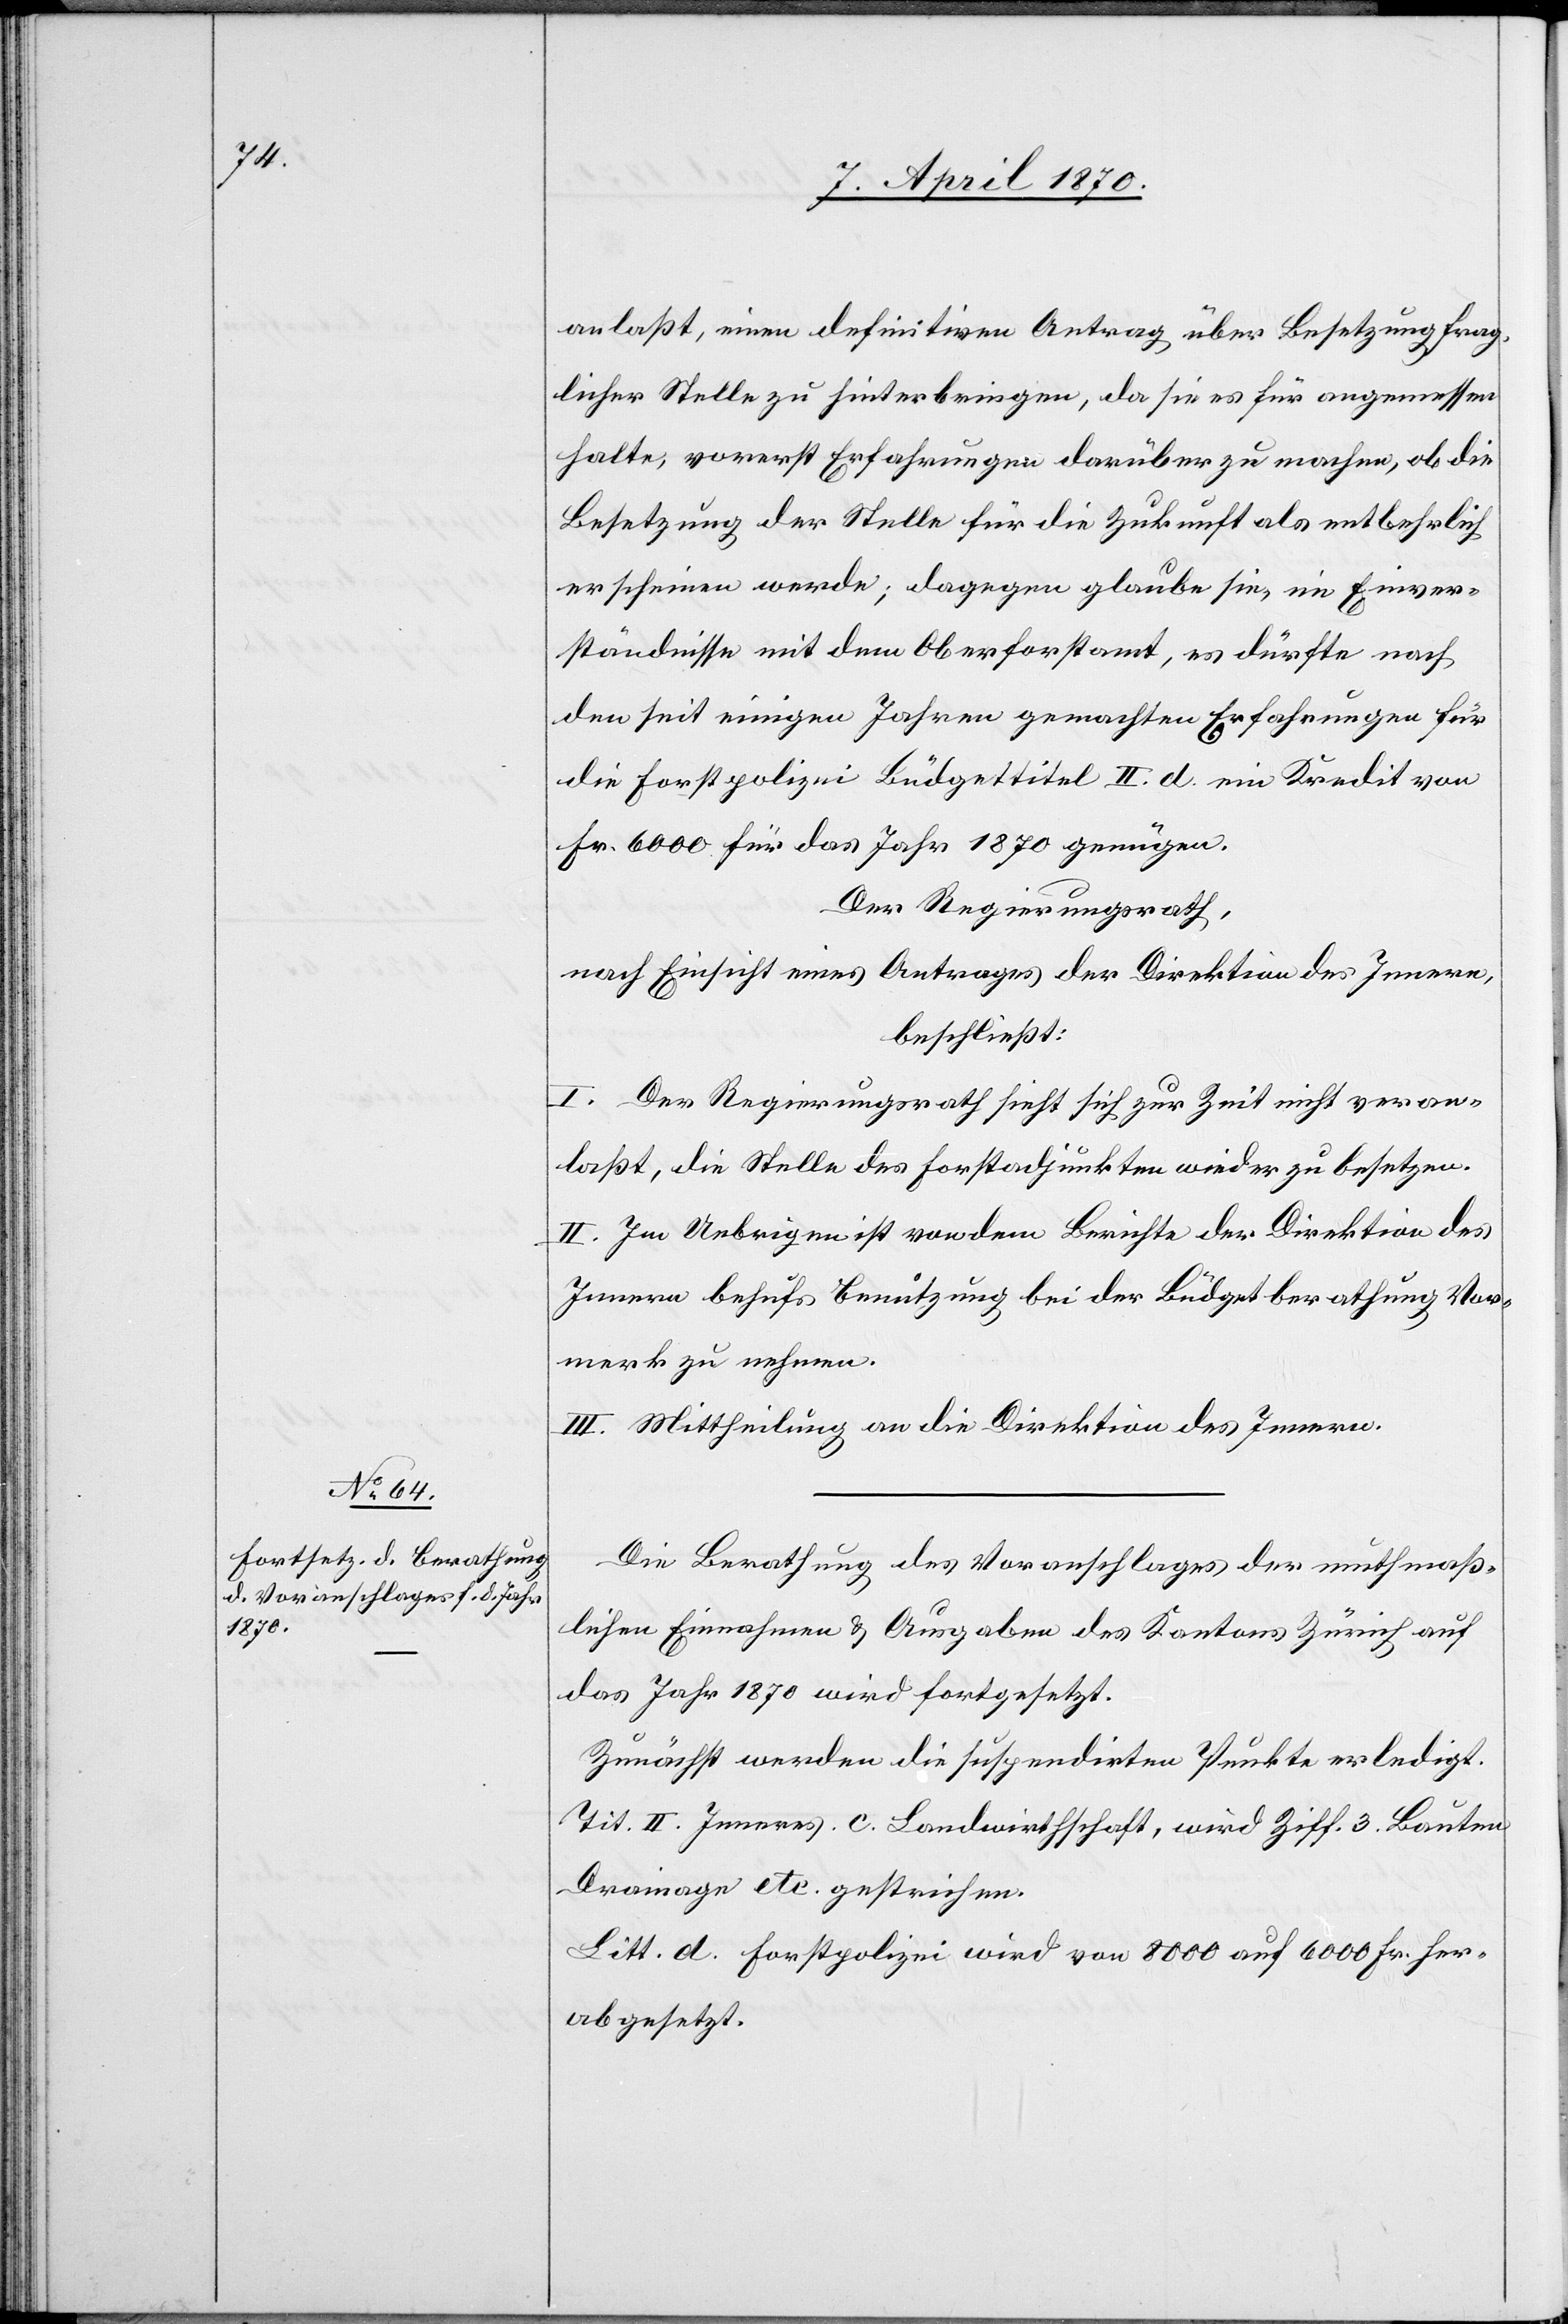
anlaßt, einen definitiven Antrag über Besetzung frag¬
licher Stelle zu hinterbringen, da sie es für angemessen
halte, vorerst Erfahrungen darüber zu machen, ob die
Besetzung der Stelle für die Zukunft als entbehrlich
erscheinen werde; dagegen glaube sie, im Einver¬
ständnisse mit dem Oberforstamt, es dürfte nach
den seit einigen Jahren gemachten Erfahrungen für
die Forstpolizei Büdgettitel II. d. ein Kredit von
Fr. 6000 für das Jahr 1870 genügen.
Der Regierungsrath,
nach Einsicht eines Antrages der Direktion des Innern,
beschließt:
I. Der Regierungsrath sieht sich zur Zeit nicht veran¬
laßt, die Stelle des Forstadjunkten wieder zu besetzen.
II. Im Uebrigen ist von dem Berichte der Direktion des
Innern behufs Benutzung bei der Büdgetberathung Vor¬
merk zu nehmen.
III. Mittheilung an die Direktion des Innern.
Die Berathung des Voranschlages der muthmaß¬
lichen Einnahmen & Ausgaben des Kantons Zürich auf
das Jahr 1870 wird fortgesetzt.
Zunächst werden die suspendirten Punkte erledigt.
Tit. II. Inneres. c. Landwirthschaft, wird Ziff. 3 Bauten
Drainage etc. gestrichen.
Litt. d. Forstpolizei wird von 8000 auf 6000 Fr. her¬
abgesetzt.